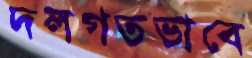
দলগতভাবে